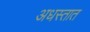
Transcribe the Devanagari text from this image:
अधस्तात